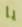
يا